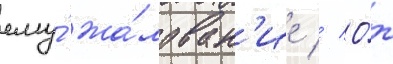
ему́ жа́лован'ие // О́т